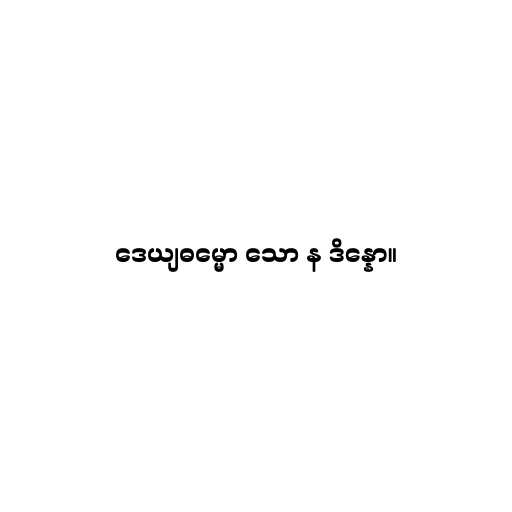
ဒေယျဓမ္မော သော န ဒိန္နော။